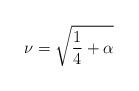
LaTeX: \begin{align*}\nu = \sqrt{\frac{1}{4} + \alpha}\end{align*}